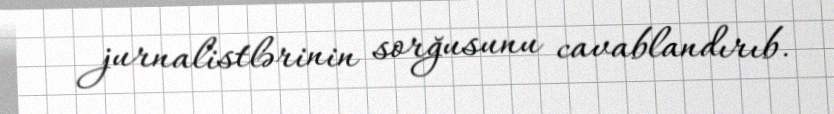
jurnalistlərinin sorğusunu cavablandırıb.